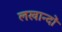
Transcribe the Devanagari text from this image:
लखान्दों